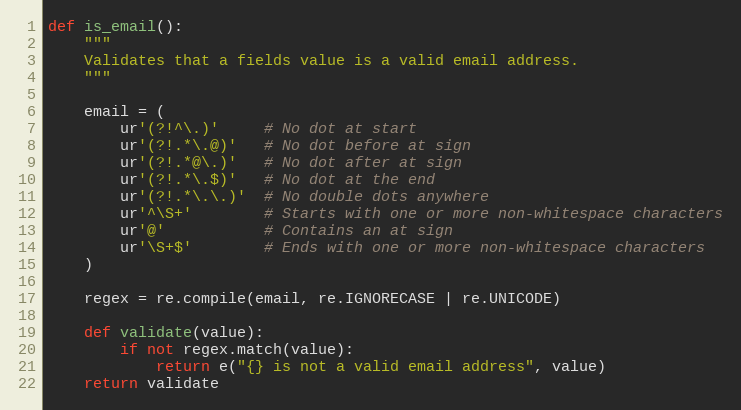
Language: Python
def is_email():
    """
    Validates that a fields value is a valid email address.
    """

    email = (
        ur'(?!^\.)'     # No dot at start
        ur'(?!.*\.@)'   # No dot before at sign
        ur'(?!.*@\.)'   # No dot after at sign
        ur'(?!.*\.$)'   # No dot at the end
        ur'(?!.*\.\.)'  # No double dots anywhere
        ur'^\S+'        # Starts with one or more non-whitespace characters
        ur'@'           # Contains an at sign
        ur'\S+$'        # Ends with one or more non-whitespace characters
    )

    regex = re.compile(email, re.IGNORECASE | re.UNICODE)

    def validate(value):
        if not regex.match(value):
            return e("{} is not a valid email address", value)
    return validate